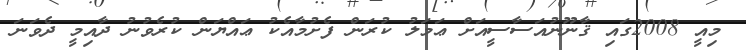
މިއީ 2008ގައި ޤާނޫނުއަސާސީއަށް ޢަމަލު ކުރަން ފެށުމާއެކު ޢައްޔަން ކުރެވުނު ދާއިމީ ދެވަނަ